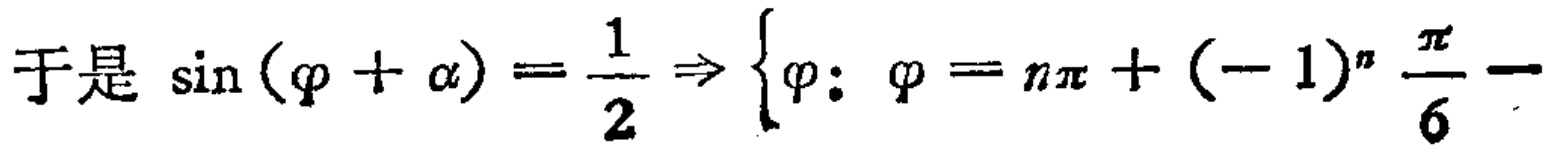
于是 \(\sin (\varphi + \alpha) =\frac{1}{2} \Rightarrow \left\{\varphi:\varphi = n\pi + (-1)^{n}\frac{\pi}{6}-\right.\)